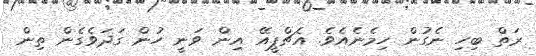
ރަތް ބިހި ނެގުން ހިމެނެއެވެ. އެޗްޕީއޭ އިން ވަނީ ހުން ގަަދަވެގެން ތިން